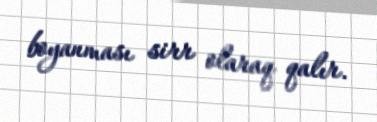
boyanması sirr olaraq qalır.